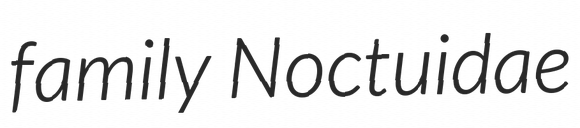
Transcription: family Noctuidae